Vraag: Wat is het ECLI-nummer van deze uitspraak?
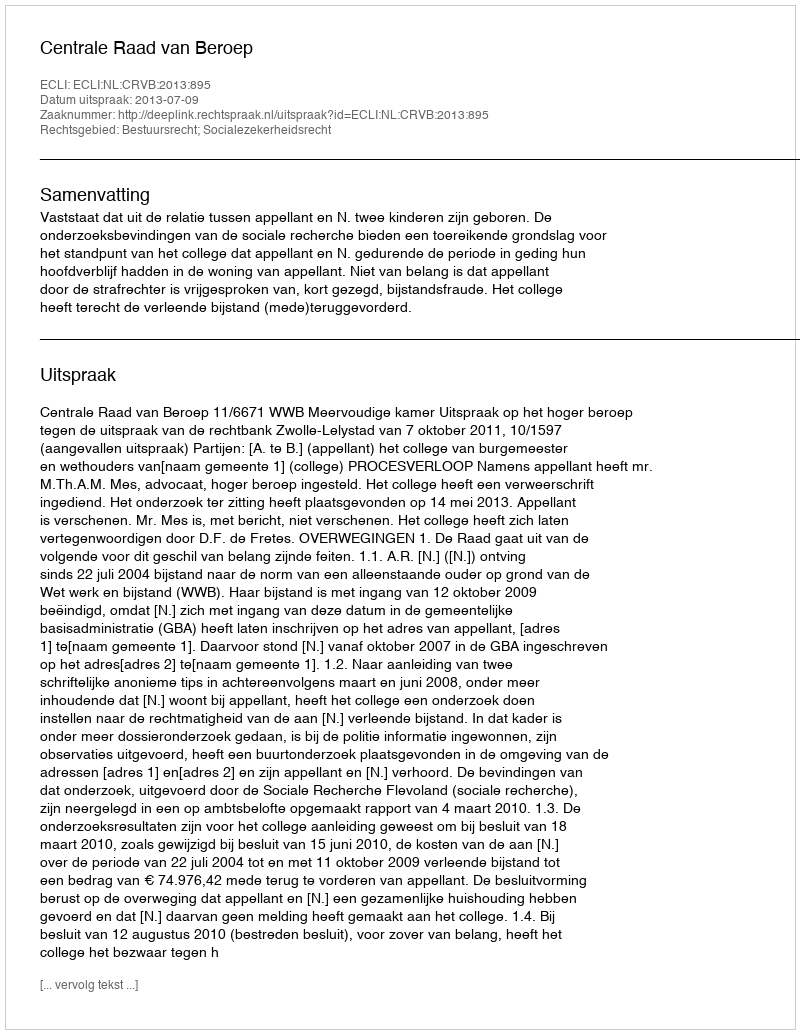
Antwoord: ECLI:NL:CRVB:2013:895